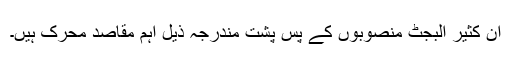
ان کثیر البجٹ منصوبوں کے پس پشت مندرجہ ذیل اہم مقاصد محرک ہیں۔